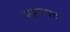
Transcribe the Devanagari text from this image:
महानाट